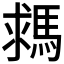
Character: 𩣗